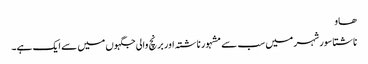
ھاو
ناشتا سور شہر میں سب سے مشہور ناشتہ اور برنچ والی جگہوں میں سے ایک ہے۔